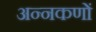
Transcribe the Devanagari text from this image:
अन्नकणों